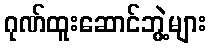
ဂုဏ်ထူးဆောင်ဘွဲ့များ